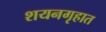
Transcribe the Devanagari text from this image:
शयनगृहात